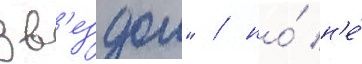
зв'ездои" / но́ н'е́